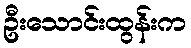
ဦးသောင်းထွန်းက